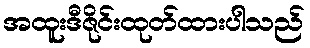
အထူးဒီဇိုင်းထုတ်ထားပါသည်